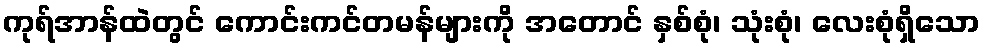
ကုရ်အာန်ထဲတွင် ကောင်းကင်တမန်များကို အတောင် နှစ်စုံ၊ သုံးစုံ၊ လေးစုံရှိသော